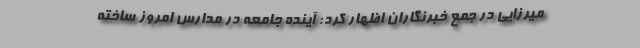
میرزایی در جمع خبرنگاران اظهار کرد: آینده جامعه در مدارس امروز ساخته